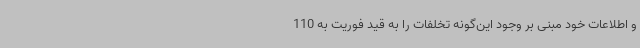
و اطلاعات خود مبنی بر وجود این‌گونه تخلفات را به قید فوریت به 110